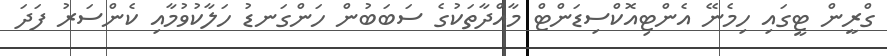
ގްރީން ޓީގައި ހިމެނޭ އެންޓިއޮކްސިޑަންޓް މާއްދާތަކުގެ ސަބަބުން ހަންގަނޑު ހަލާކުވުމާއި ކެންސަރު ފަދަ